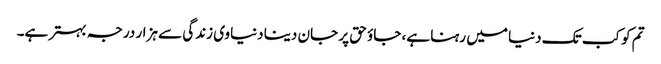
تم کو کب تک دنیا میں رہنا ہے، جاؤ حق پر جان دینا دنیاوی زندگی سے ہزار درجہ بہتر ہے۔